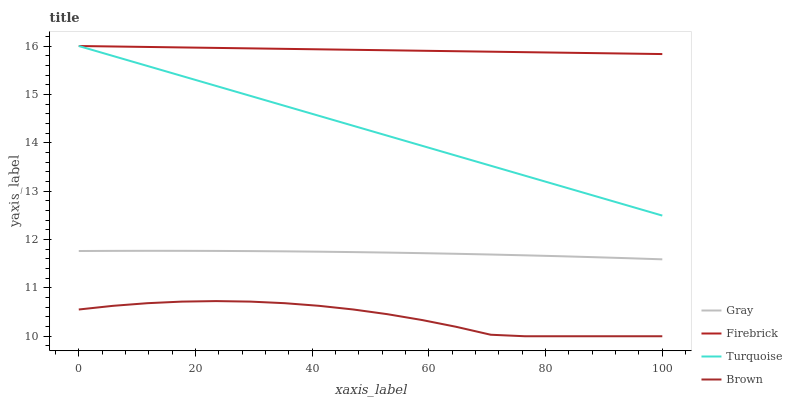
| xaxis_label | Gray | Firebrick | Turquoise | Brown |
 | --- | --- | --- | --- | --- |
 | 0 | 11.8 | 16 | 16 | 10.6 |
 | 5.88 | 11.8 | 16 | 15.8 | 10.6 |
 | 11.8 | 11.8 | 16 | 15.6 | 10.7 |
 | 17.6 | 11.8 | 16 | 15.4 | 10.7 |
 | 23.5 | 11.8 | 16 | 15.2 | 10.7 |
 | 29.4 | 11.8 | 16 | 15 | 10.7 |
 | 35.3 | 11.8 | 15.9 | 14.8 | 10.7 |
 | 41.2 | 11.7 | 15.9 | 14.6 | 10.6 |
 | 47.1 | 11.7 | 15.9 | 14.4 | 10.6 |
 | 52.9 | 11.7 | 15.9 | 14.1 | 10.5 |
 | 58.8 | 11.7 | 15.9 | 13.9 | 10.3 |
 | 64.7 | 11.7 | 15.9 | 13.7 | 10.2 |
 | 70.6 | 11.7 | 15.9 | 13.5 | 10 |
 | 76.5 | 11.7 | 15.9 | 13.3 | 10 |
 | 82.4 | 11.7 | 15.9 | 13.1 | 10 |
 | 88.2 | 11.6 | 15.9 | 12.9 | 10 |
 | 94.1 | 11.6 | 15.8 | 12.7 | 10 |
 | 100 | 11.6 | 15.8 | 12.5 | 10 |